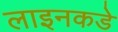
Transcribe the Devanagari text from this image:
लाइनकडे